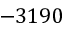
- 3 1 9 0